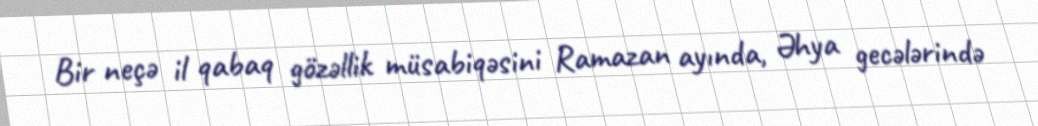
Bir neçə il qabaq gözəllik müsabiqəsini Ramazan ayında, Əhya gecələrində